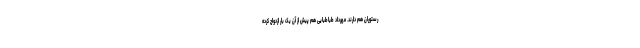
رستوران هم دارند. مهرداد طباطبایی هم پیش از آن یک بار ازدواج کرده